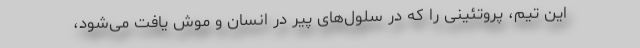
این تیم، پروتئینی را که در سلول‌های پیر در انسان و موش یافت می‌شود،